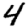
Digit: 4